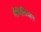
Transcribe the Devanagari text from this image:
मैथिलियान